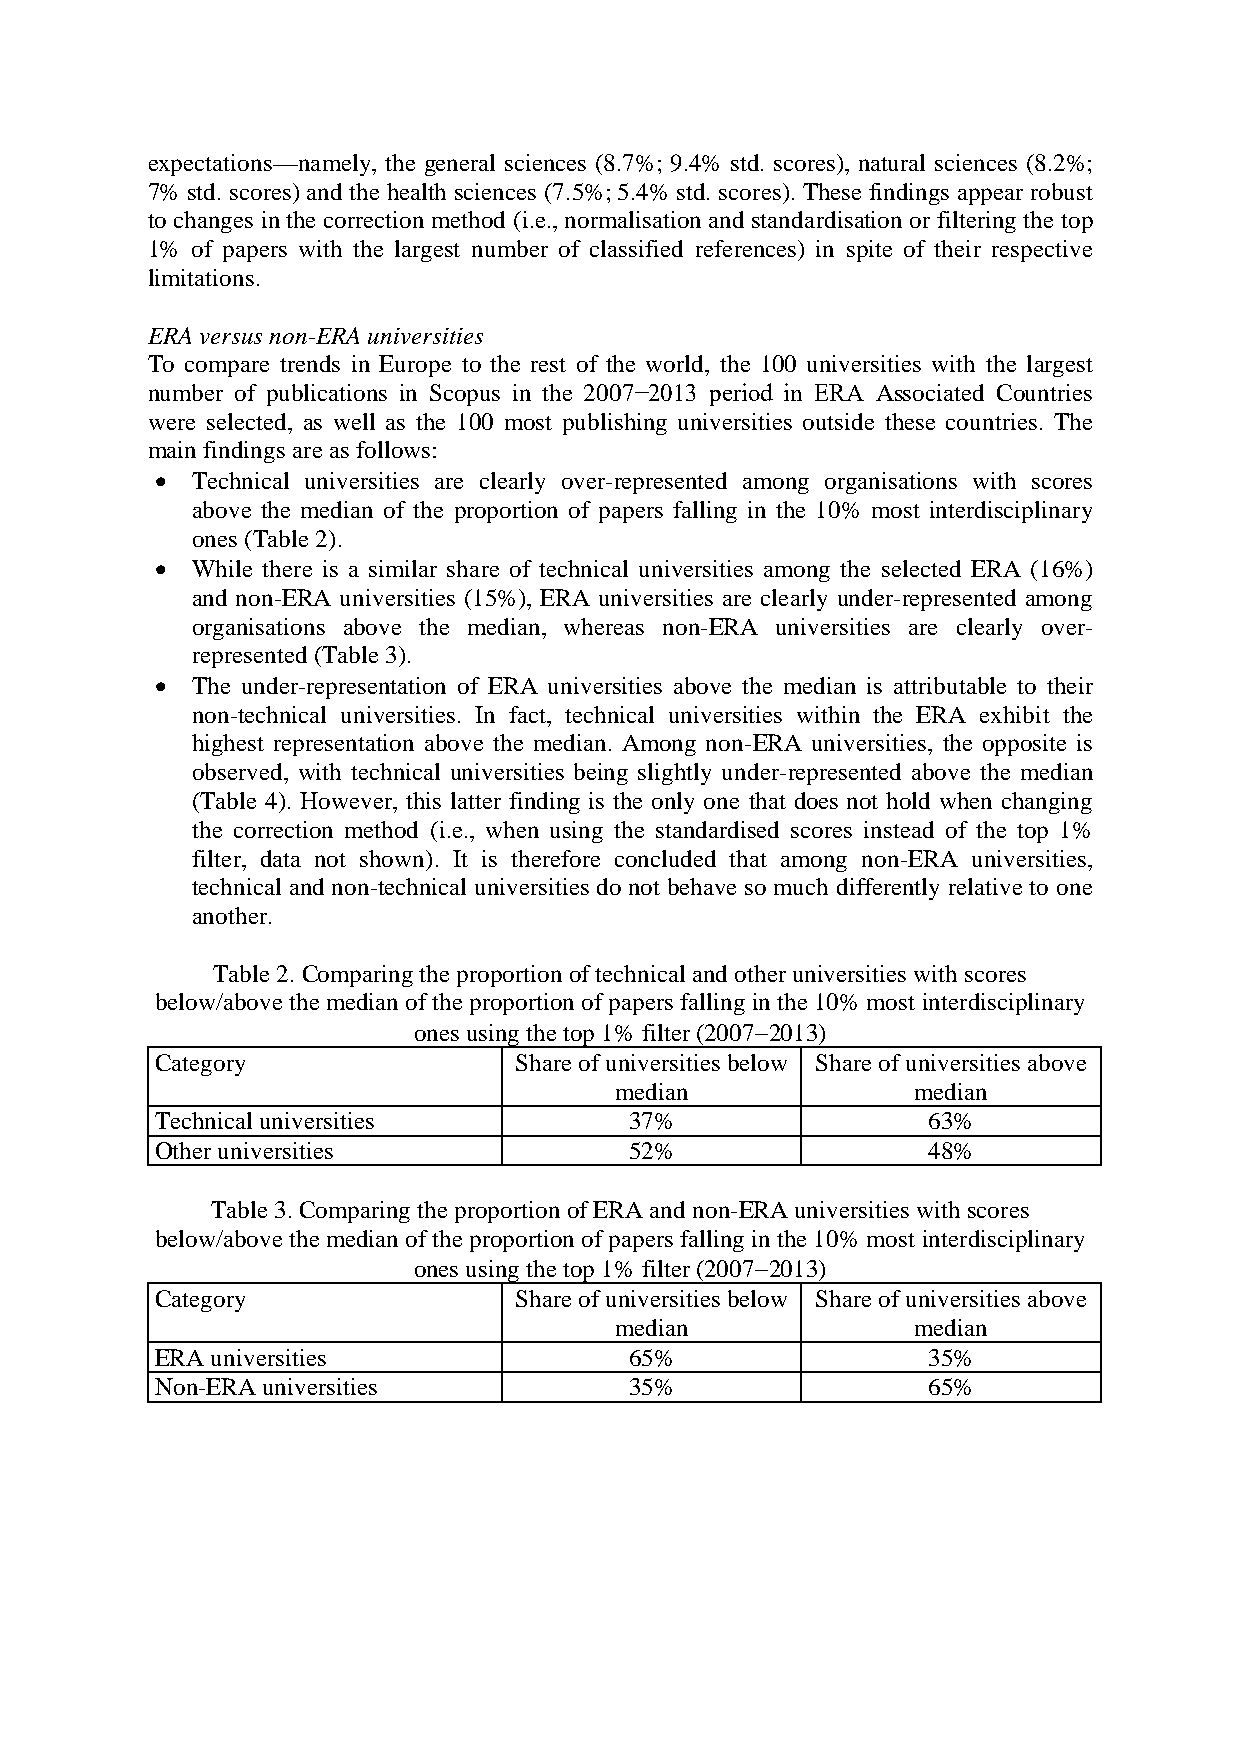
expectations—namely, the general sciences (8.7%; 9.4% std. scores), natural sciences (8.2%;
 7% std. scores) and the health sciences (7.5%; 5.4% std. scores). These findings appear robust
 to changes in the correction method (i.e., normalisation and standardisation or filtering the top
 1% of papers with the largest number of classified references) in spite of their respective
 limitations.
 ERA versus non-ERA universities
 To compare trends in Europe to the rest of the world, the 100 universities with the largest
 number of publications in Scopus in the 2007−2013 period in ERA Associated Countries
 were selected, as well as the 100 most publishing universities outside these countries. The
 main findings are as follows:
   Technical universities are clearly over-represented among organisations with scores
 above the median of the proportion of papers falling in the 10% most interdisciplinary
 ones (Table 2).
   While there is a similar share of technical universities among the selected ERA (16%)
 and non-ERA universities (15%), ERA universities are clearly under-represented among
 organisations above the median, whereas non-ERA universities are clearly over-
 represented (Table 3).
   The under-representation of ERA universities above the median is attributable to their
 non-technical universities. In fact, technical universities within the ERA exhibit the
 highest representation above the median. Among non-ERA universities, the opposite is
 observed, with technical universities being slightly under-represented above the median
 (Table 4). However, this latter finding is the only one that does not hold when changing
 the correction method (i.e., when using the standardised scores instead of the top 1%
 filter, data not shown). It is therefore concluded that among non-ERA universities,
 technical and non-technical universities do not behave so much differently relative to one
 another.
 Table 2. Comparing the proportion of technical and other universities with scores
 below/above the median of the proportion of papers falling in the 10% most interdisciplinary
 ones using the top 1% filter (20072013)
 Category                Share of universities below Share of universities above
 median             median
 Technical universities          37%                63%
 Other universities              52%                48%
 Table 3. Comparing the proportion of ERA and non-ERA universities with scores
 below/above the median of the proportion of papers falling in the 10% most interdisciplinary
 ones using the top 1% filter (20072013)
 Category                Share of universities below Share of universities above
 median             median
 ERA universities                65%                35%
 Non-ERA universities            35%                65%